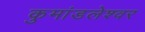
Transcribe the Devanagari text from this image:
कुमांडलेश्वर